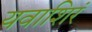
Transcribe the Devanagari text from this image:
यवाशिरं